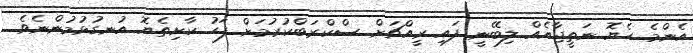
އެންމެ ހެޔޮ ނަތީޖާއެއް ލިބޭނީ ފައި ރީއްޗަށް ސްކްރަބްކުރުމަށް ފަހު ކާށިތެޔޮ އުނގުޅުމުންނެވެ.